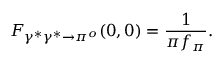
F _ { \gamma ^ { * } \gamma ^ { * } \to \pi ^ { o } } ( 0 , 0 ) = { \frac { 1 } { \pi f _ { \pi } } } .